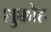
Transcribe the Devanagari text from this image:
शुक्कोह